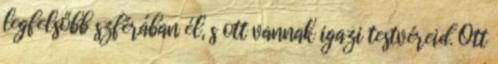
legfelsőbb szférában él, s ott vannak igazi testvéreid. Ott